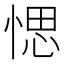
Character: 愢